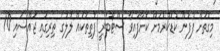
މިގޮތަށް ފުފުން ކުޑަކުރުމަށް ކޮށާފައިވާ ސްޓޯބެރީ ފޮތިތަކެއް ލޮލުގެ ތިރިގައި ޖައްސައި 10